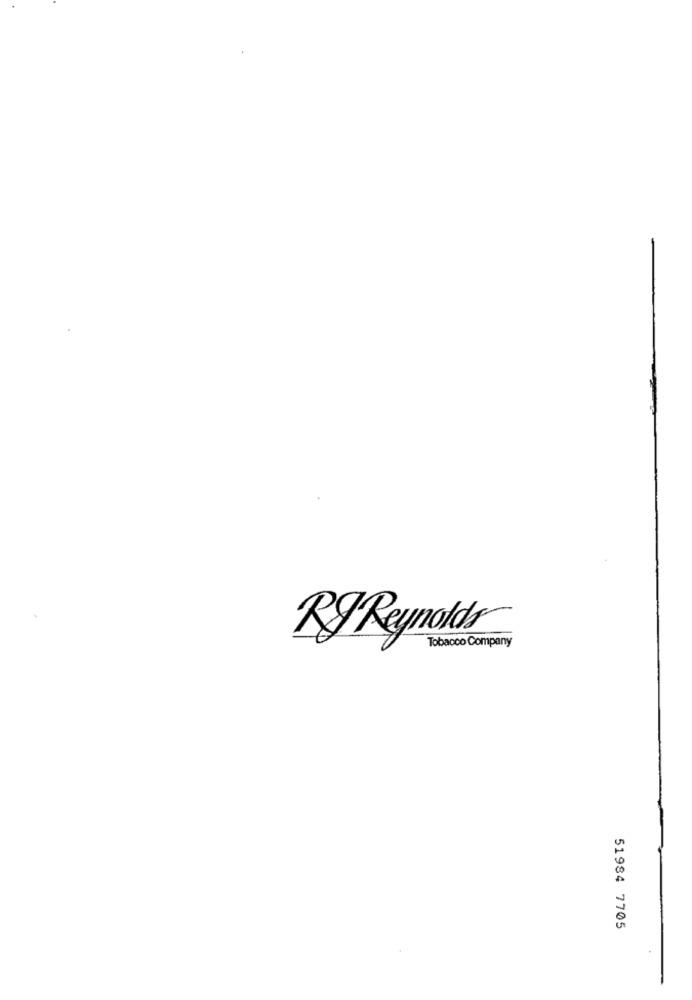
RJ Reynolds
Tobacco Company
51984 7705